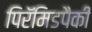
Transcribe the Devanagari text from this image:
पिरॅमिडपैकी